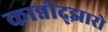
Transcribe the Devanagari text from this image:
कान्नीद्झारो